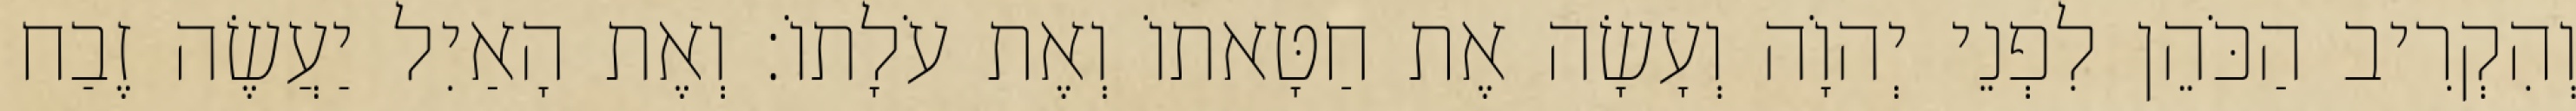
וְהִקְרִיב הַכֹּהֵן לִפְנֵי יְהוָֹה וְעָשָׂה אֶת חַטָּאתוֹ וְאֶת עֹלָתוֹ׃ וְאֶת הָאַיִל יַעֲשֶׂה זֶבַח